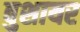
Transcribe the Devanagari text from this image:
बुशायर